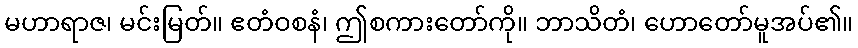
မဟာရာဇ၊ မင်းမြတ်။ ဧတံဝစနံ၊ ဤစကားတော်ကို။ ဘာသိတံ၊ ဟောတော်မူအပ်၏။